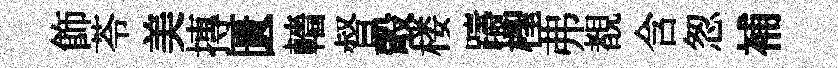
飾苓美摶匱轖督彀楼躊檉弗覩含怱補